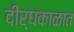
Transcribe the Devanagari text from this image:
दीर्घकाळात